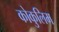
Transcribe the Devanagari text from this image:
कोकुलिम